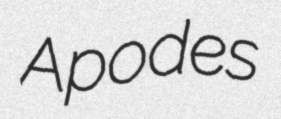
Apodes